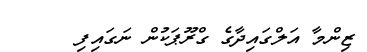
ޒިންމާ އަލްގައިދާގެ ގްރޫޕަކުން ނަގައިފި